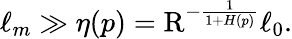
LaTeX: \ell_{m}\gg\eta(p)=\mathrm{R}^{-\frac{1}{1+H(p)}}\ell_{0}.